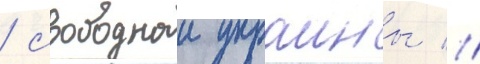
/ свободнои украины //